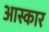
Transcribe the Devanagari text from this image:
आस्कार